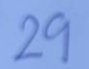
29